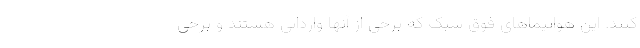
کنند. این هواپیماهای فوق سبک که برخی از آنها وارداتی هستند و برخی